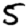
Digit: 5